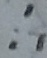
\therefore